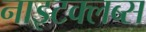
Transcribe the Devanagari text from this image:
नाइटक्लब्स